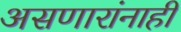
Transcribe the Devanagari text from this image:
असणारांनाही